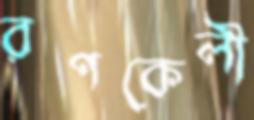
রণকেলী